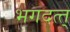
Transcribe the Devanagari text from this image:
भगदत्त्